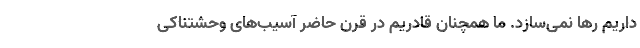
داریم رها نمی‌سازد. ما همچنان قادریم در قرن حاضر آسیب‌های وحشتناکی